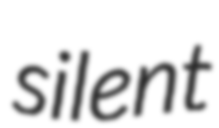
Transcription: silent